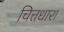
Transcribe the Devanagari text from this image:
चित्तधारा